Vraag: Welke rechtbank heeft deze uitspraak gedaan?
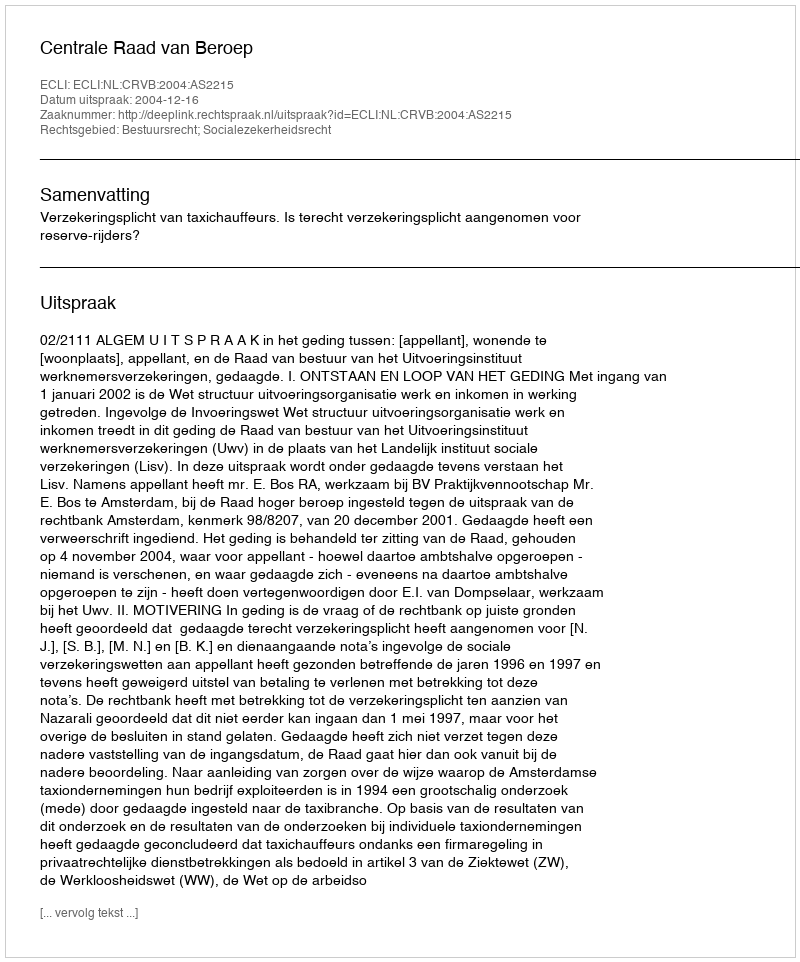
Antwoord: Centrale Raad van Beroep